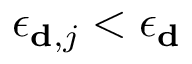
{ \epsilon _ { { \bf d } , j } } < { \epsilon _ { { \bf d } } }